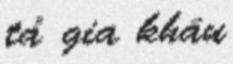
tả gia khâu